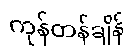
ကုန်တန်ချိန်